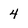
Character: 4